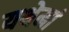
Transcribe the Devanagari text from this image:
यथेमां